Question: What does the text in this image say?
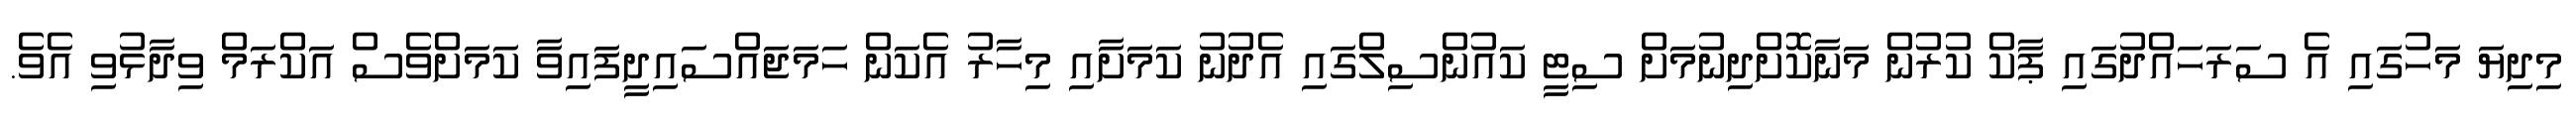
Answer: މިދިޔަ މަހުގައި އެ ސަރަހައްދުގައި ޕާކް ކުރުން މަނާކޮށްދިނުމަށް ސިޓީ ކައުންސިލްގައި އެދުނު ކަމަށާއި މިހާރު އެކަން ހަމަޖައްސައިދީފައިވާ ކަމަށްވެސް އަކްރަމް ވިދާޅުވި އެވެ.